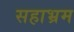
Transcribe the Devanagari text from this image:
सहाभ्रम